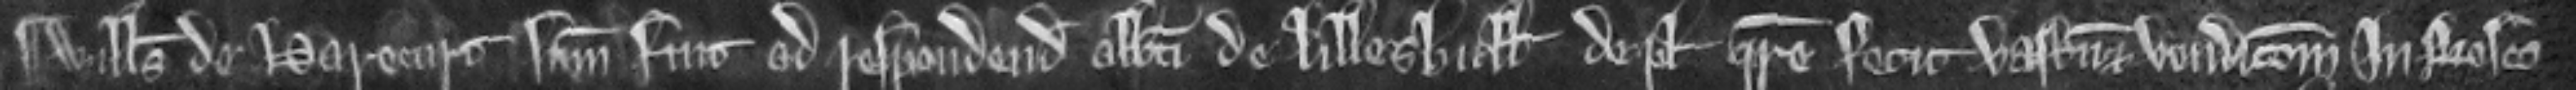
¶ Willelmus de Harecurt summonitus fuit ad respondendum Abbati de Lilleshull de placito quare fecit vastum et vendicionem in bosco